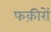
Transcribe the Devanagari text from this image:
फक़ीरों